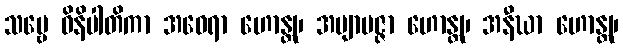
သဗ္ဗေ ဝိနိပါတိကာ အဝေရာ ဟောန္တု၊ အဗျာပဇ္ဇာ ဟောန္တု၊ အနီဃာ ဟောန္တု၊